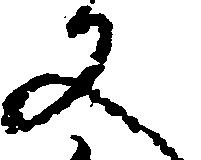
又